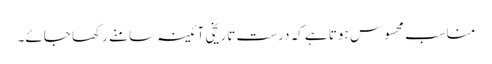
مناسب محسوس ہوتا ہے کہ درست تاریخی آئینہ سامنے رکھا جائے۔